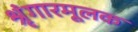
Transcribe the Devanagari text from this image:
श्रृंगारमूलक